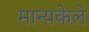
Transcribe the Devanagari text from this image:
मान्यकेले